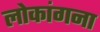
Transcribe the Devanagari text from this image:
लोकांगना